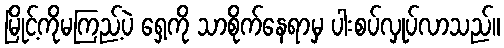
မြိုင့်ကိုမကြည့်ပဲ ရှေ့ကို သာစိုက်နေရာမှ ပါးစပ်လှုပ်လာသည်။